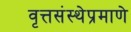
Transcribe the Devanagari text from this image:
वृत्तसंस्थेप्रमाणे